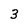
Character: 3